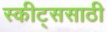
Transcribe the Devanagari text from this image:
स्कीट्ससाठी